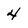
Character: 4